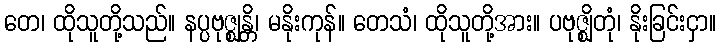
တေ၊ ထိုသူတို့သည်။ နပ္ပဗုဇ္ဈန္တိ၊ မနိုးကုန်။ တေသံ၊ ထိုသူတို့အား။ ပဗုဇ္ဈိတုံ၊ နိုးခြင်းငှာ။